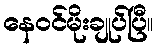
နေဝင်မိုးချုပ်ပြီ။